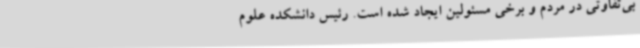
بی‌تفاوتی در مردم و برخی مسئولین ایجاد شده است. رئیس دانشکده علوم